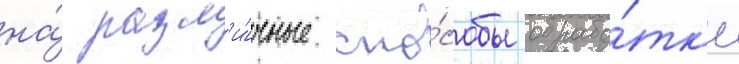
на́ разл'и́чные спо́собы обрабо́тк'и